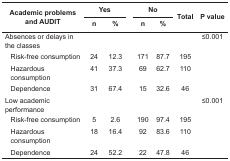
<table><thead><tr><td rowspan="2" colspan="2"><b>Academic problems and AUDIT</b></td><td colspan="2"><b>Yes</b></td><td></td><td colspan="2"><b>No</b></td><td rowspan="2"><b>Total</b></td><td rowspan="2"><b>P value</b></td></tr><tr><td><b>n</b></td><td><b>%</b></td><td></td><td><b>n</b></td><td><b>%</b></td></tr></thead><tbody><tr><td colspan="2"> Absences or delays in the classes</td><td></td><td></td><td></td><td></td><td></td><td></td><td> ≤0.001</td></tr><tr><td></td><td> Risk-free consumption</td><td> 24</td><td> 12.3</td><td></td><td> 171</td><td> 87.7</td><td> 195</td><td></td></tr><tr><td></td><td> Hazardous consumption</td><td> 41</td><td> 37.3</td><td></td><td> 69</td><td> 62.7</td><td> 110</td><td></td></tr><tr><td></td><td> Dependence</td><td> 31</td><td> 67.4</td><td></td><td> 15</td><td> 32.6</td><td> 46</td><td></td></tr><tr><td colspan="2"> Low academic performance</td><td></td><td></td><td></td><td></td><td></td><td></td><td> ≤0.001</td></tr><tr><td></td><td> Risk-free consumption</td><td> 5</td><td> 2.6</td><td></td><td> 190</td><td> 97.4</td><td> 195</td><td></td></tr><tr><td></td><td> Hazardous consumption</td><td> 18</td><td> 16.4</td><td></td><td> 92</td><td> 83.6</td><td> 110</td><td></td></tr><tr><td></td><td> Dependence</td><td> 24</td><td> 52.2</td><td></td><td> 22</td><td> 47.8</td><td> 46</td><td></td></tr></tbody></table>